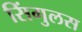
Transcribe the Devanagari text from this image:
सिंगुलस